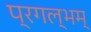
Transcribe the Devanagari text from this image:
प्रगल्भम्